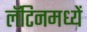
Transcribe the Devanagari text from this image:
लॅटिनमध्यें